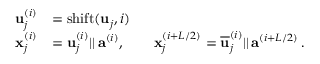
\begin{array} { r l } { \mathbf { u } _ { j } ^ { ( i ) } } & { = \mathrm { s h i f t } ( \mathbf { u } _ { j } , i ) } \\ { \mathbf { x } _ { j } ^ { ( i ) } } & { = \mathbf { u } _ { j } ^ { ( i ) } | | \, \mathbf { a } ^ { ( i ) } , \qquad \mathbf { x } _ { j } ^ { ( i + L / 2 ) } = \overline { { \mathbf { u } } } _ { j } ^ { ( i ) } | | \, \mathbf { a } ^ { ( i + L / 2 ) } \, . } \end{array}